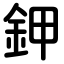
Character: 鉀